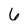
Character: 6